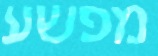
מפשע